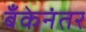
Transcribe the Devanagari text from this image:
बँकेनंतर